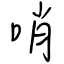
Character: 哨